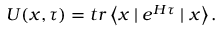
U ( x , \tau ) = t r \left\langle x \mid e ^ { H \tau } \mid x \right\rangle .